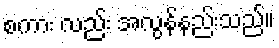
စကား လည်း အလွန်နည်းသည်။